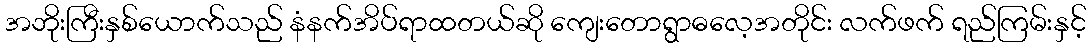
အဘိုးကြီးနှစ်ယောက်သည် နံနက်အိပ်ရာထတယ်ဆို ကျေးတောရွာဓလေ့အတိုင်း လက်ဖက် ရည်ကြမ်းနှင့်